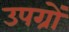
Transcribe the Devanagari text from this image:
उपग्रों